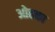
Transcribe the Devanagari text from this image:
ओहका